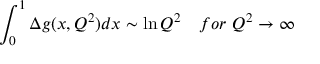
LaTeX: \int _ { 0 } ^ { 1 } \Delta g ( x , Q ^ { 2 } ) d x \sim \ln Q ^ { 2 } ~ ~ ~ f o r ~ Q ^ { 2 } \rightarrow \infty